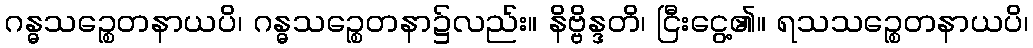
ဂန္ဓသဉ္စေတနာယပိ၊ ဂန္ဓသဉ္စေတနာ၌လည်း။ နိဗ္ဗိန္ဒတိ၊ ငြီးငွေ့၏။ ရသသဉ္စေတနာယပိ၊